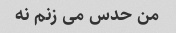
من حدس می زنم نه